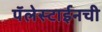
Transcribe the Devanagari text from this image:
पॅलेस्टाईनची